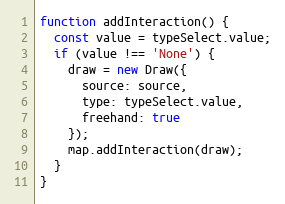
Language: JavaScript
function addInteraction() {
  const value = typeSelect.value;
  if (value !== 'None') {
    draw = new Draw({
      source: source,
      type: typeSelect.value,
      freehand: true
    });
    map.addInteraction(draw);
  }
}